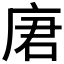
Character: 𪪒